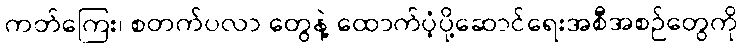
ကတ်ကြေး၊ စတက်ပလာ တွေနဲ့ ထောက်ပံ့ပို့ဆောင်ရေးအစီအစဉ်တွေကို